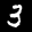
Label: 3